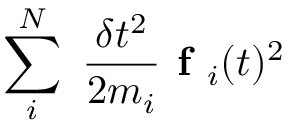
\sum _ { i } ^ { N } \ \frac { \delta t ^ { 2 } } { 2 m _ { i } } \textbf { f } _ { i } ( t ) ^ { 2 }